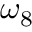
\omega _ { 8 }